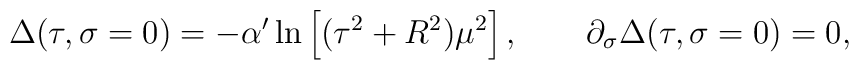
\Delta(\tau,\sigma= 0) = -\alpha'\ln\left[(\tau^2 + R^2)\mu^2\right],\qquad \partial_\sigma \Delta(\tau,\sigma= 0) = 0,